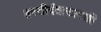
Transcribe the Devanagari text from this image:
हस्तीदंतासारखी